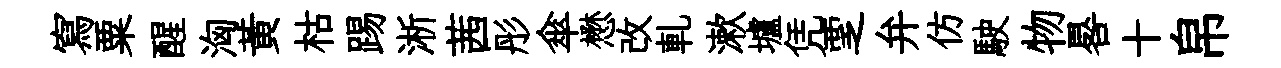
寫粟醒洶黃枯踢淅茜彤傘懋改軋漱壚凭覂弁仿駛物晷十帛